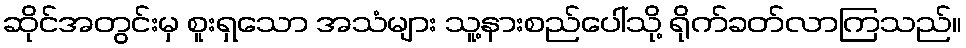
ဆိုင်အတွင်းမှ စူးရှသော အသံများ သူ့နားစည်ပေါ်သို့ ရိုက်ခတ်လာကြသည်။